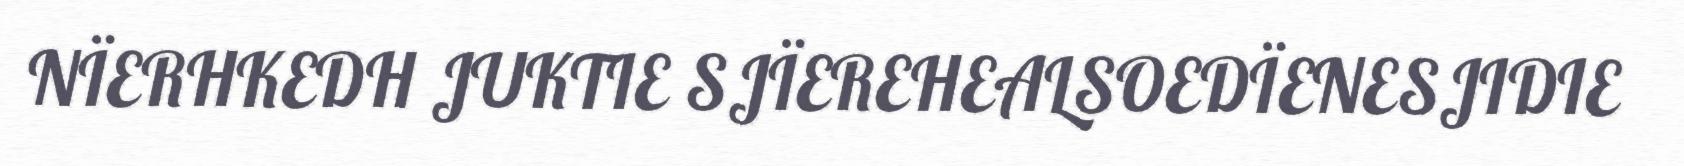
NÏERHKEDH JUKTIE SJÏEREHEALSOEDÏENESJIDIE